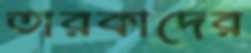
তারকাদের